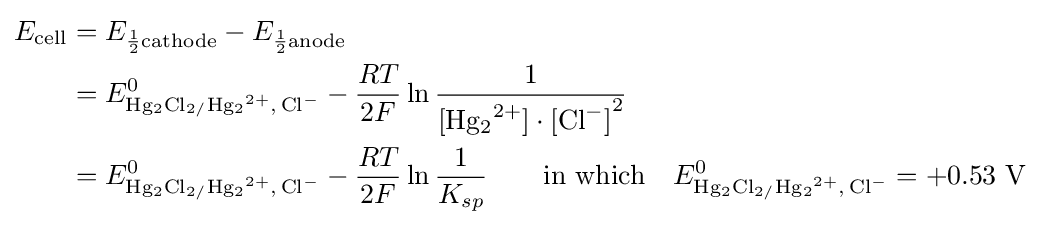
{\begin{aligned}E_{{\ce {cell}}}&=E_{{\frac {1}{2}}{\ce {cathode}}}-E_{{\frac {1}{2}}{\ce {anode}}}\\&=E_{{\ce {Hg2Cl2/Hg2^2+, Cl-}}}^{0}-{\frac {RT}{2F}}\ln {\frac {1}{{\ce {[Hg2^2+]}}\cdot {\ce {[Cl^-]}}^{2}}}\\&=E_{{\ce {Hg2Cl2/Hg2^2+, Cl-}}}^{0}-{\frac {RT}{2F}}\ln {\frac {1}{K_{sp}}}\qquad {\text{in which}}\quad E_{{\ce {Hg2Cl2/Hg2^2+, Cl-}}}^{0}=+0.53\ {\ce {V}}\end{aligned}}